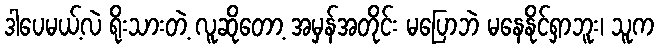
ဒါပေမယ့်လဲ ရိုးသားတဲ့ လူဆိုတော့ အမှန်အတိုင်း မပြောဘဲ မနေနိုင်ရှာဘူး၊ သူက